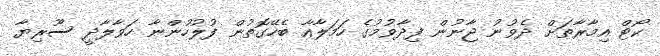
ކޯޓް އިމާރާތަށް ދެވުނު ޖާނުން ފިދާވުމުގެ ހަމަލާއާ ބެހޭގޮތުން ފުލުހުންނާ ހަވާލާދީ ސޫރިޔާ